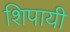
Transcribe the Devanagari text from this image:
शिपायी